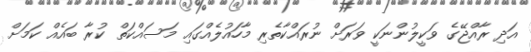
އަދި ރާއްޖޭގެ ވަކީލުންނަކީ ވަރަށް ނުރައްކާތެރި މާހައުލެއްގައި މަސައްކަތް ކުރާ ބައެއް ކަމަށް